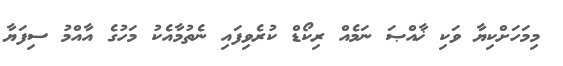
މިމަހަށްކިޔާ ވަކި ޚާއްޞަ ނަމެއް ރިކޯޑް ކުރެވިފައި ނެތުމާއެކު މަހުގެ އާއްމު ސިފަޔާ